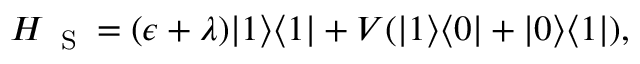
\begin{array} { r } { \! \! \! H _ { \mathrm { ~ \tiny ~ S ~ } } = ( \epsilon + \lambda ) | 1 \rangle \langle 1 | + V ( | 1 \rangle \langle 0 | + | 0 \rangle \langle 1 | ) , } \end{array}